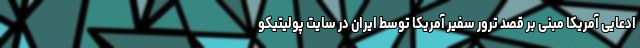
ادعایی آمریکا مبنی بر قصد ترور سفیر آمریکا توسط ایران در سایت پولیتیکو